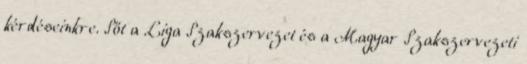
kérdéseinkre. Sőt a Liga Szakszervezet és a Magyar Szakszervezeti